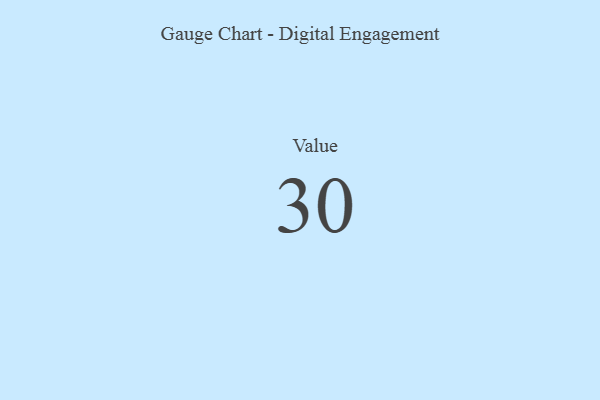
{"axis": {"x": "Metric", "y": "Value"}, "legend": [""], "data": [{"x": "Value", "y": 30, "type": ""}]}